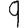
Digit: 9